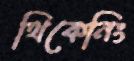
থিকেনিং